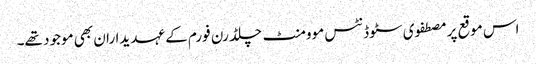
اس موقع پر مصطفوی سٹوڈنٹس موومنٹ چلڈرن فورم کے عہدیداران بھی موجود تھے۔